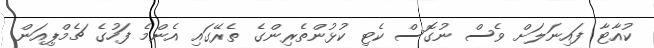
ކުއާޓާ ފައިނަލަށް ވެސް ނުގޮސް ކެޓި ކުޅުންތެރިންގެ ތެރޭގައި އެންމެ ފަހުގެ ޗެމްޕިއަން